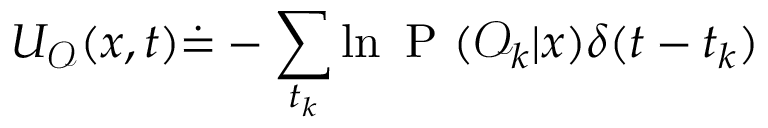
U _ { \mathcal { O } } ( x , t ) \dot { = } - \sum _ { t _ { k } } \ln \mathrm { ~ P ~ } ( \mathcal { O } _ { k } | x ) \delta ( t - t _ { k } )